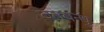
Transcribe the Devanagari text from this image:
वनबन्धु